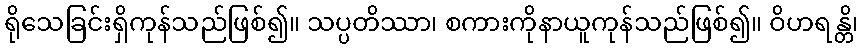
ရိုသေခြင်းရှိကုန်သည်ဖြစ်၍။ သပ္ပတိဿာ၊ စကားကိုနာယူကုန်သည်ဖြစ်၍။ ဝိဟရန္တိ၊